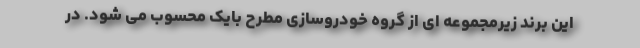
این برند زیرمجموعه ای از گروه خودروسازی مطرح بایک محسوب می شود. در